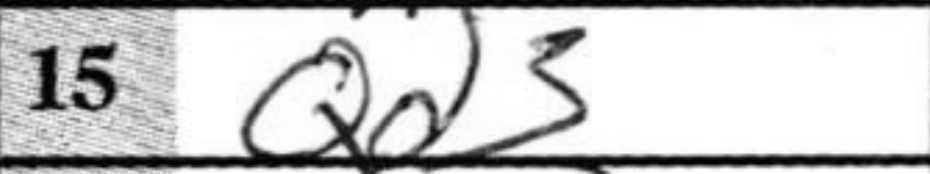
Transcription: Qd3